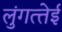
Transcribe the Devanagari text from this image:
लुंगत्‍तेई